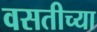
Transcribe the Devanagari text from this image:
वसतीच्या